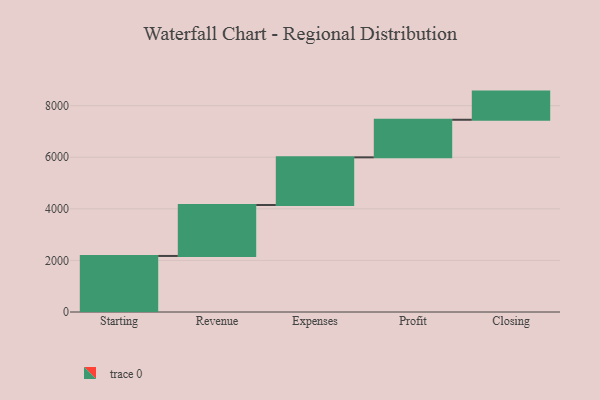
{"axis": {"x": "Step", "y": "Value"}, "legend": [""], "data": [{"x": "Starting", "y": 2173.0, "type": ""}, {"x": "Revenue", "y": 1976.0, "type": ""}, {"x": "Expenses", "y": 1848.0, "type": ""}, {"x": "Profit", "y": 1457.0, "type": ""}, {"x": "Closing", "y": 1092.0, "type": ""}]}